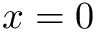
x = 0